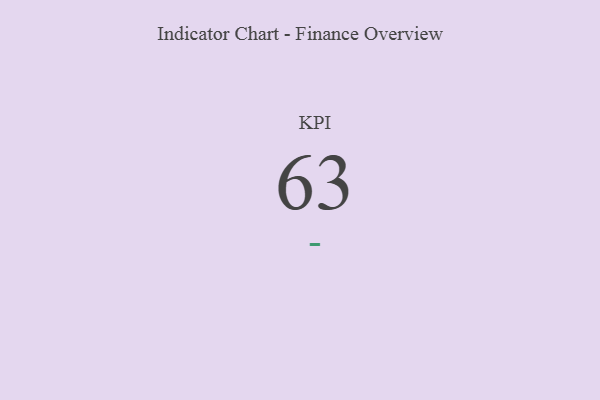
{"axis": {"x": "KPI", "y": "Value"}, "legend": [""], "data": [{"x": "KPI", "y": 63, "type": ""}]}